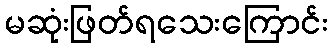
မဆုံးဖြတ်ရသေးကြောင်း